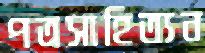
পত্রসাহিত্যন